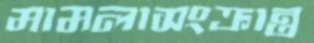
মামলাসংক্রান্ত